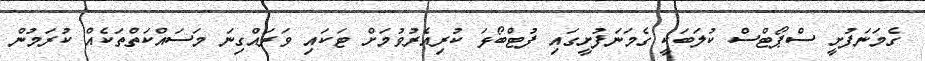
ގެމަނަފުށީ ސްޕޯޓްސް ކުލަބަކީ ގެމަނަފުށީގައި ފުޓްބޯޅަ ކުރިއެރުވުމަށް ޓަކައި ވަރައްގިނަ މަސައްކަތްތަކެއް ކުރަމުން